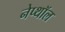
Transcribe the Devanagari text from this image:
नेप्थॉल